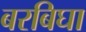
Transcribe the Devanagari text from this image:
बरबिघा